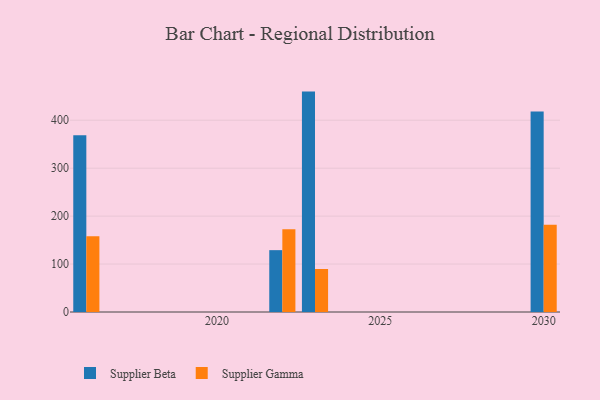
{"axis": {"x": "Year", "y": "Population (Million)"}, "legend": ["Supplier Beta", "Supplier Gamma"], "data": [{"x": "2022", "y": 129.0, "type": "Supplier Beta"}, {"x": "2022", "y": 172.5, "type": "Supplier Gamma"}, {"x": "2030", "y": 418.2, "type": "Supplier Beta"}, {"x": "2030", "y": 182.2, "type": "Supplier Gamma"}, {"x": "2023", "y": 459.7, "type": "Supplier Beta"}, {"x": "2023", "y": 89.7, "type": "Supplier Gamma"}, {"x": "2016", "y": 368.7, "type": "Supplier Beta"}, {"x": "2016", "y": 157.8, "type": "Supplier Gamma"}]}